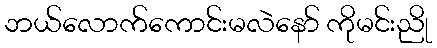
ဘယ်လောက်ကောင်းမလဲနော် ကိုမင်းညို